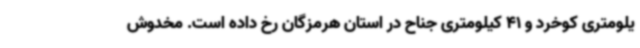
یلومتری کوخرد و 41 کیلومتری جناح در استان هرمزگان رخ داده است. مخدوش